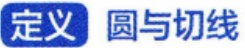
定义 圆与切线